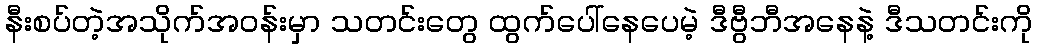
နီးစပ်တဲ့အသိုက်အဝန်းမှာ သတင်းတွေ ထွက်ပေါ်နေပေမဲ့ ဒီဗွီဘီအနေနဲ့ ဒီသတင်းကို